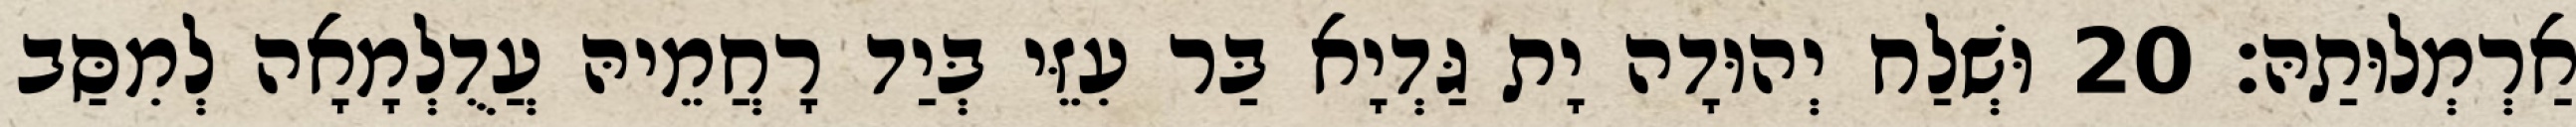
אַרְמְלוּתַהּ׃ 20 וּשְׁלַח יְהוּדָה יָת גַּדְיָא בַּר עִזֵּי בְּיַד רָחֲמֵיהּ עֲדֻלְמָאָה לְמִסַּב